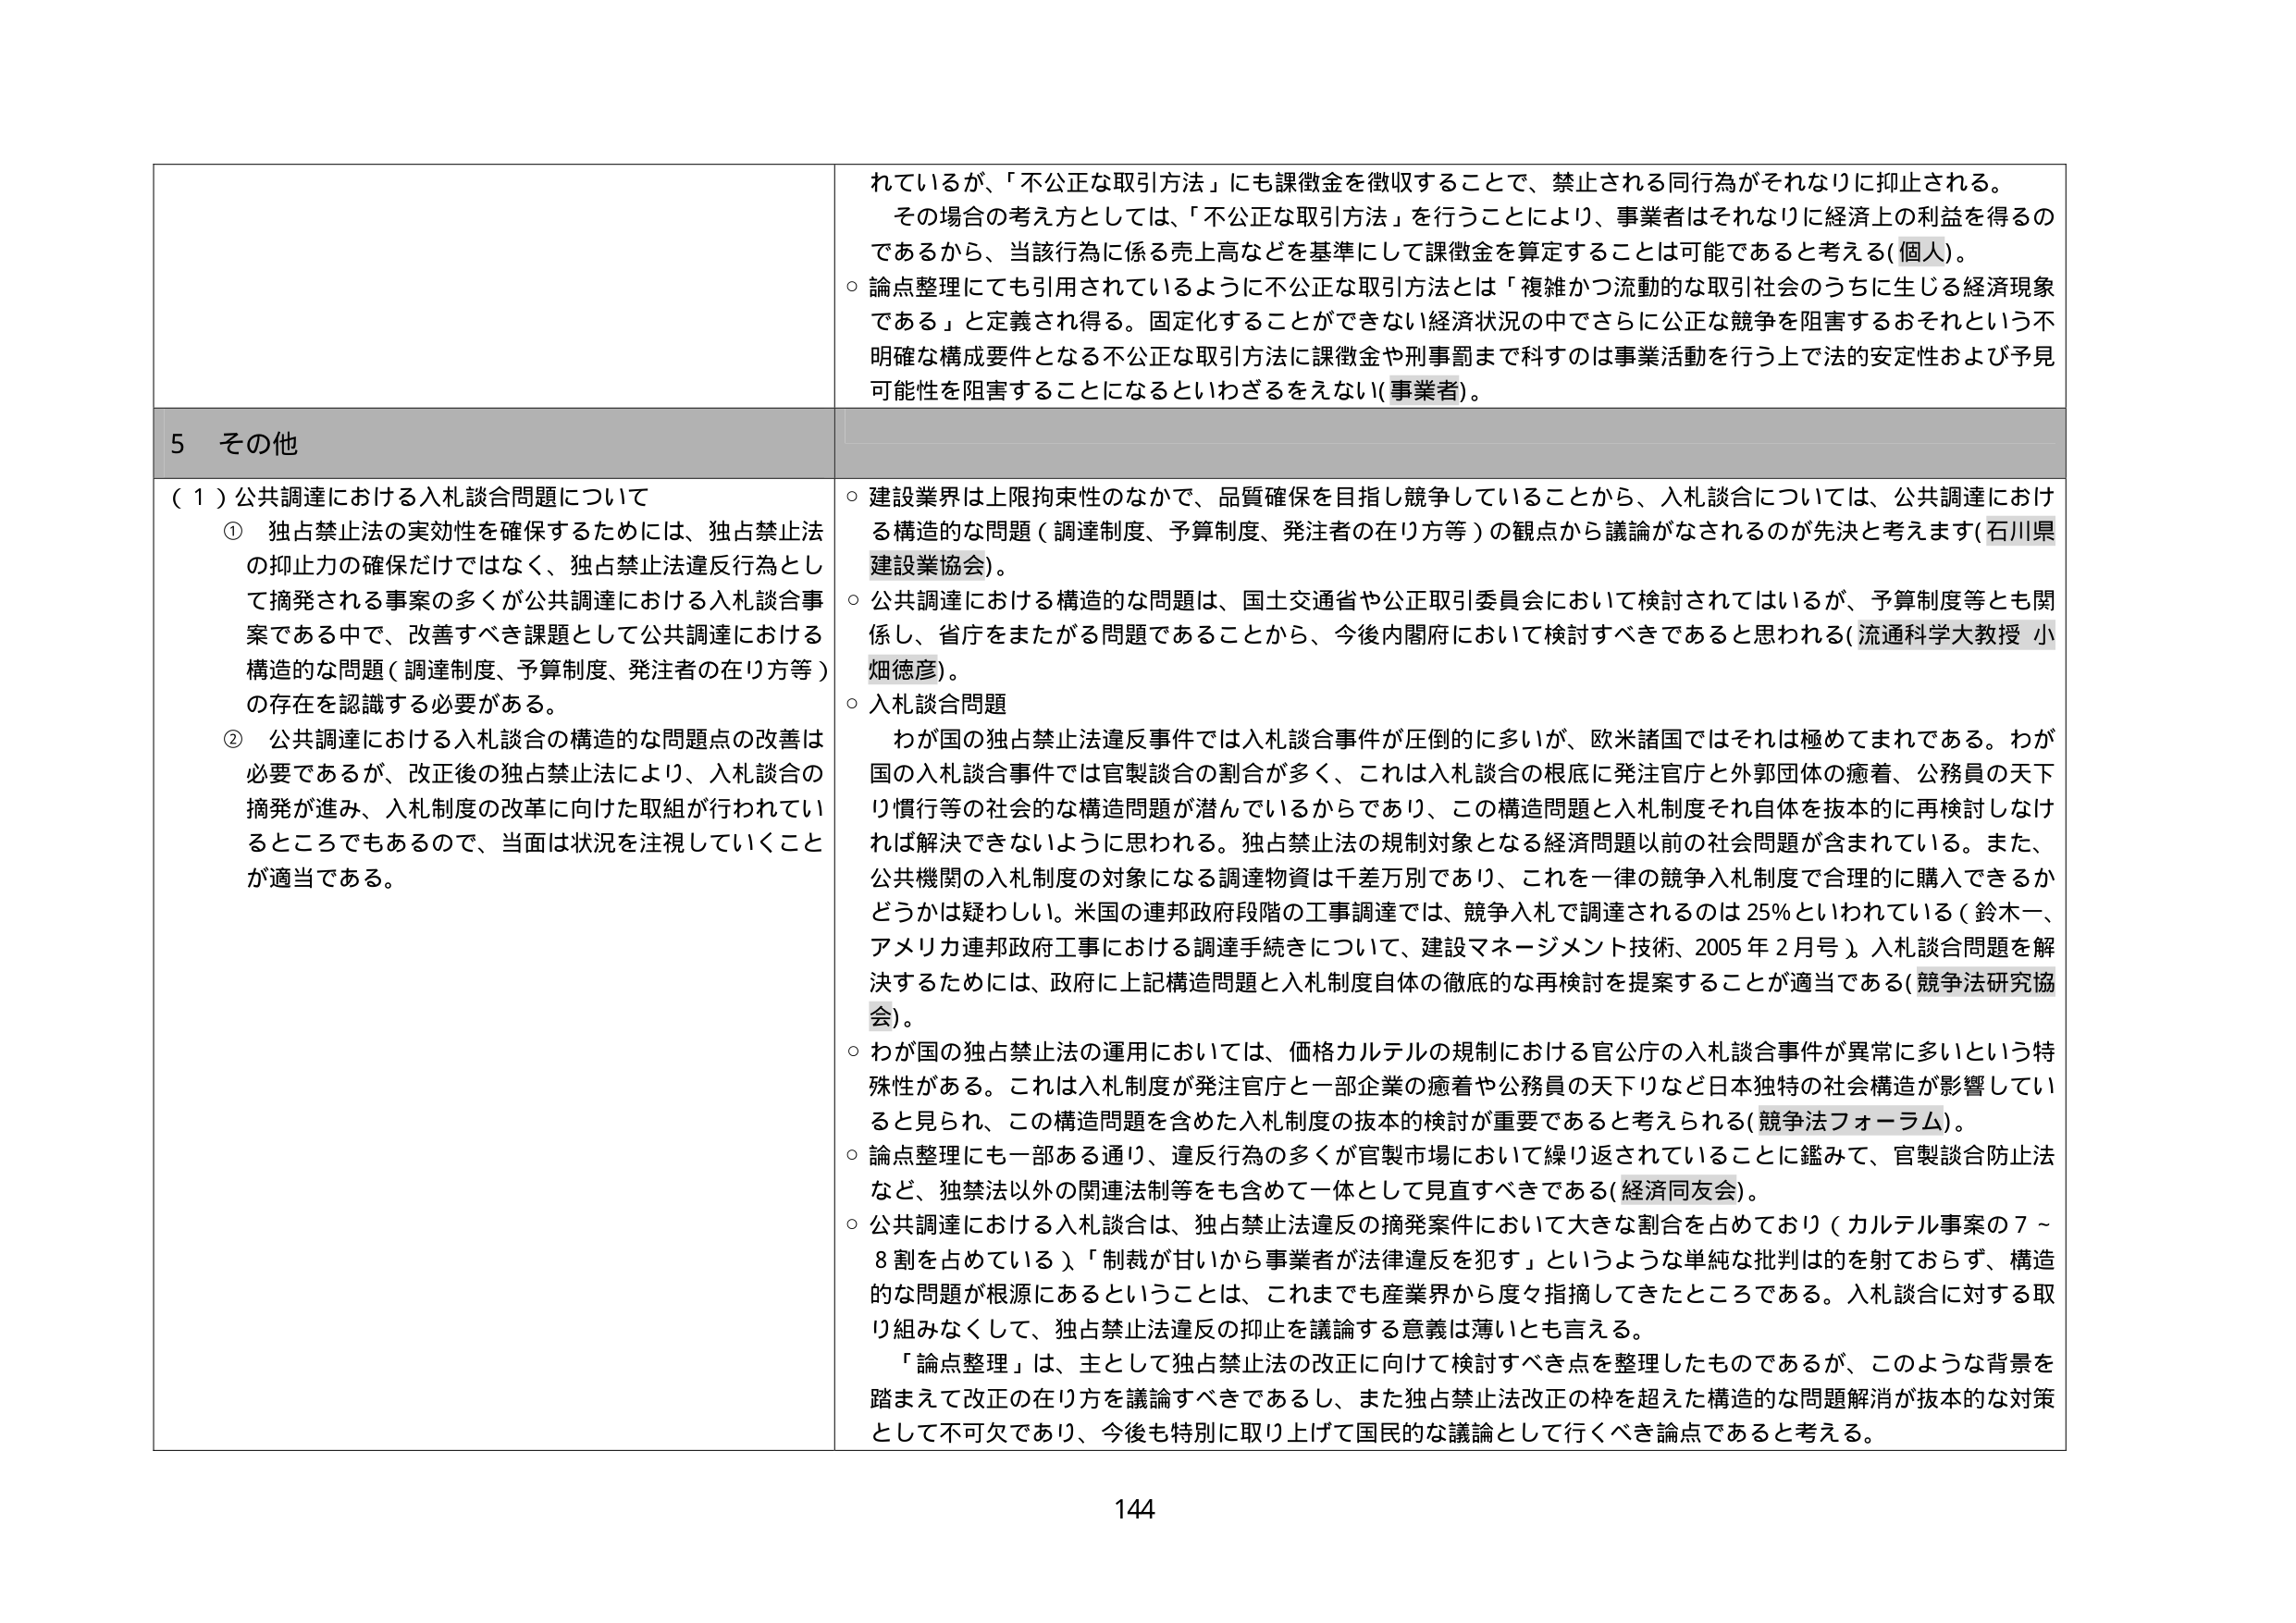
れているが、「不公正な取引方法」にも課徴金を徴収することで、禁止される同行為がそれなりに抑止される。
その場合の考え方としては、「不公正な取引方法」を行うことにより、事業者はそれなりに経済上の利益を得るのであるから、当該行為に係る売上高などを基準にして課徴金を算定することは可能であると考える（個人）。
○ 論点整理にても引用されているように不公正な取引方法とは「複雑かつ流動的な取引社会のうちに生じる経済現象である」と定義され得る。固定化することができない経済状況の中でさらに公正な競争を阻害するおそれという不明確な構成要件となる不公正な取引方法に課徴金や刑事罰まで科すのは事業活動を行う上で法的安定性および予見可能性を阻害することになるといわざるをえない（事業者）。

5 その他

（１）公共調達における入札談合問題について
① 独占禁止法の実効性を確保するためには、独占禁止法の抑止力の確保だけではなく、独占禁止法違反行為として摘発される事案の多くが公共調達における入札談合事案である中で、改善すべき課題として公共調達における構造的な問題（調達制度、予算制度、発注者の在り方等）の存在を認識する必要がある。
② 公共調達における入札談合の構造的な問題点の改善は必要であるが、改正後の独占禁止法により、入札談合の摘発が進み、入札制度の改革に向けた取組が行われているところでもあるので、当面は状況を注視していくことが適当である。

○ 建設業界は上限拘束性のなかで、品質確保を目指し競争していることから、入札談合については、公共調達における構造的な問題（調達制度、予算制度、発注者の在り方等）の観点から議論がなされるのが先決と考えます（石川県建設業協会）。
○ 公共調達における構造的な問題は、国土交通省や公正取引委員会において検討されてはいるが、予算制度等とも関係し、省庁をまたがる問題であることから、今後内閣府において検討すべきであると思われる（流通科学大教授 小畑徳彦）。
○ 入札談合問題
　わが国の独占禁止法違反事件では入札談合事件が圧倒的に多いが、欧米諸国ではそれは極めてまれである。わが国の入札談合事件では官製談合の割合が多く、これは入札談合の根底に発注官庁と外郭団体の癒着、公務員の天下り慣行等の社会的な構造問題が潜んでいるからであり、この構造問題と入札制度それ自体を抜本的に再検討しなければ解決できないように思われる。独占禁止法の規制対象となる経済問題以前の社会問題が含まれている。また、公共機関の入札制度の対象になる調達物資は千差万別であり、これを一律の競争入札制度で合理的に購入できるかどうかは疑わしい。米国の連邦政府段階の工事調達では、競争入札で調達されるのは25％といわれている（鈴木一、アメリカ連邦政府工事における調達手続きについて、建設マネージメント技術、2005年2月号）。入札談合問題を解決するためには、政府に上記構造問題と入札制度自体の徹底的な再検討を提案することが適当である（競争法研究協会）。
○ わが国の独占禁止法の運用においては、価格カルテルの規制における官公庁の入札談合事件が異常に多いという特殊性がある。これは入札制度が発注官庁と一部企業の癒着や公務員の天下りなど日本独特の社会構造が影響していると見られ、この構造問題を含めた入札制度の抜本的検討が重要であると考えられる（競争法フォーラム）。
○ 論点整理にも一部ある通り、違反行為の多くが官製市場において繰り返されていることに鑑みて、官製談合防止法など、独禁法以外の関連法制等をも含めて一体として見直すべきである（経済同友会）。
○ 公共調達における入札談合は、独占禁止法違反の摘発案件において大きな割合を占めており（カルテル事案の7～8割を占めている）、「制裁が甘いから事業者が法律違反を犯す」というような単純な批判は的を射ておらず、構造的な問題が根源にあるということは、これまでも産業界から度々指摘してきたところである。入札談合に対する取り組みなくして、独占禁止法違反の抑止を議論する意義は薄いとも言える。
　「論点整理」は、主として独占禁止法の改正に向けて検討すべき点を整理したものであるが、このような背景を踏まえて改正の在り方を議論すべきであるし、また独占禁止法改正の枠を超えた構造的な問題解消が抜本的な対策として不可欠であり、今後も特別に取り上げて国民的な議論として行くべき論点であると考える。

144